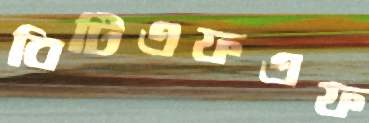
বিটিএফএফ